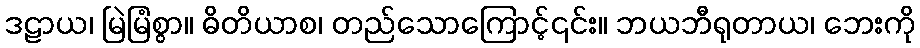
ဒဠာယ၊ မြဲမြံစွာ။ ဓိတိယာစ၊ တည်သောကြောင့်၎င်း။ ဘယဘီရုတာယ၊ ဘေးကို